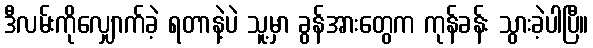
ဒီလမ်းကိုလျှောက်ခဲ့ ရတာနဲ့ပဲ သူ့မှာ ခွန်အားတွေက ကုန်ခန်း သွားခဲ့ပါပြီ။